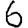
Digit: 6